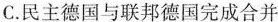
C.民主德国与联邦德国完成合并